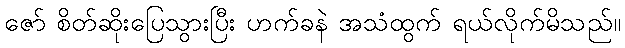
ဇော် စိတ်ဆိုးပြေသွားပြီး ဟက်ခနဲ အသံထွက် ရယ်လိုက်မိသည်။